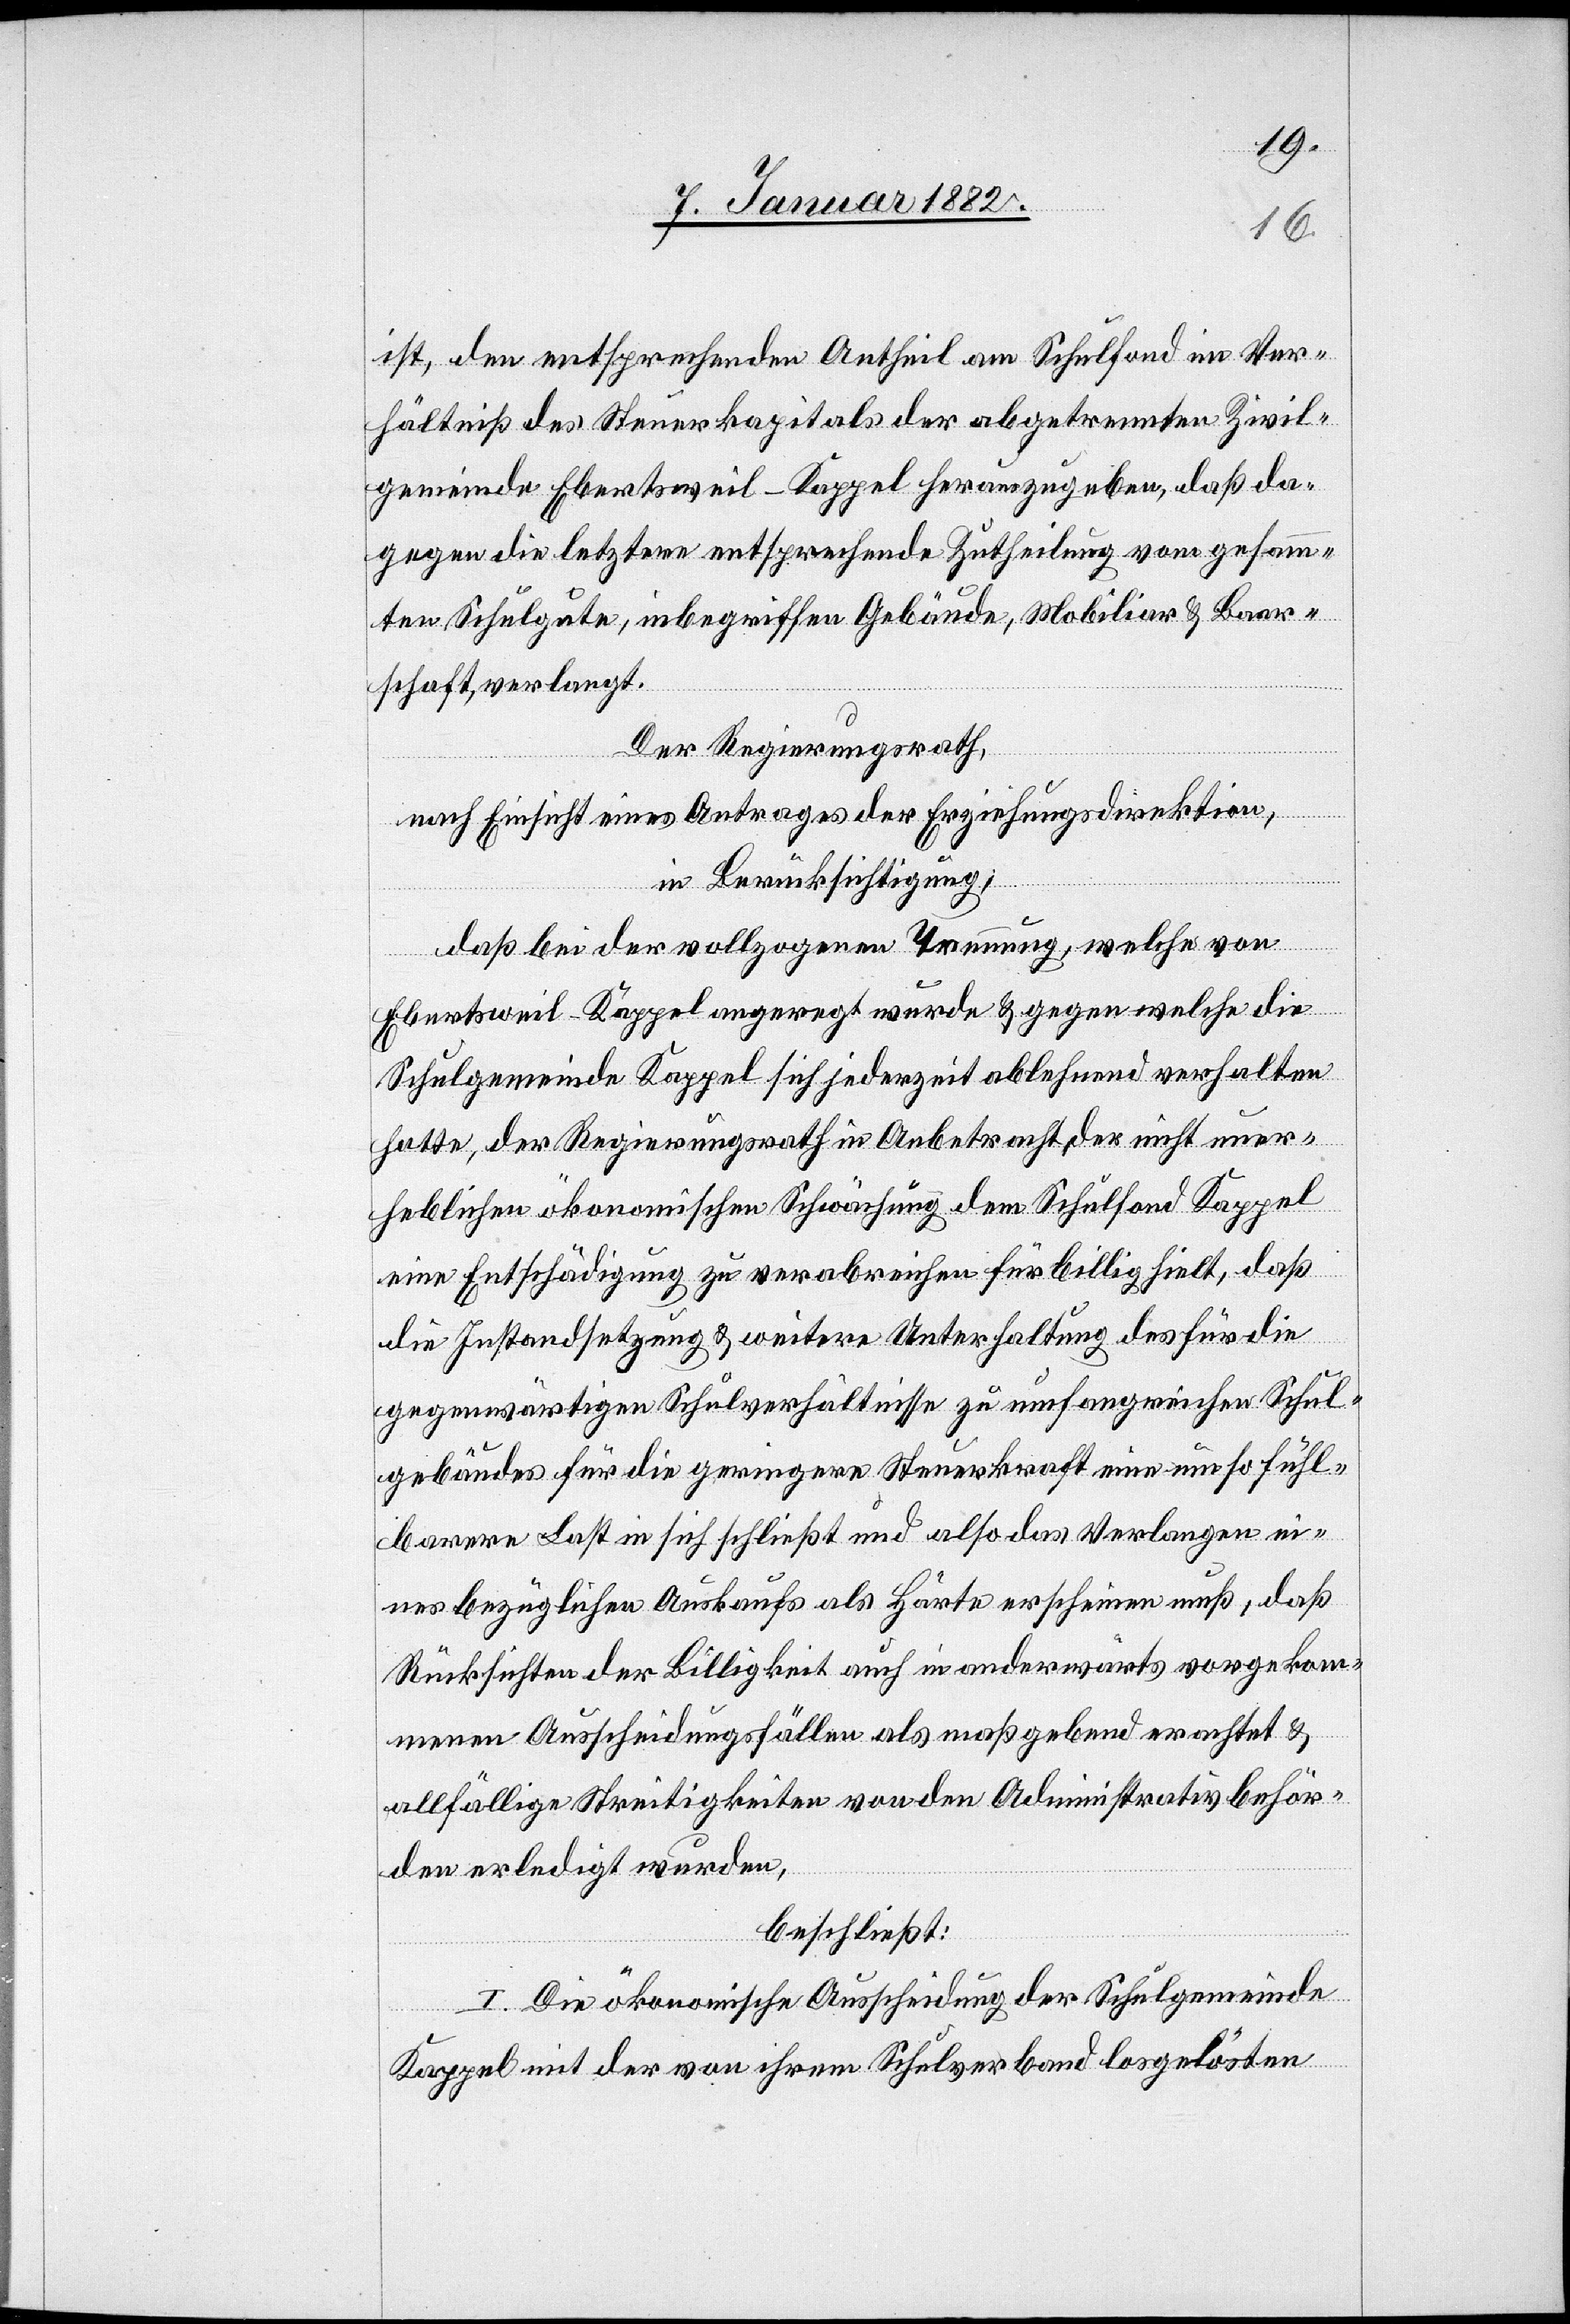
ist, den entsprechenden Antheil am Schulfond im Ver¬
hältniß des Steuerkapitals der abgetrennten Zivil¬
gemeinde Ebertsweil - Kappel herauszugeben, daß da¬
gegen die letztere entsprechende Zutheilung vom gesamm¬
ten Schulgute, inbegriffen Gebäude, Mobiliar & Baar¬
schaft, verlangt.
Der Regierungsrath,
nach Einsicht eines Antrages der Erziehungsdirektion,
in Berücksichtigung;
daß bei der vollzogenen Trennung, welche von
Ebertsweil - Kappel angeregt wurde & gegen welche die
Schulgemeinde Kappel sich jederzeit ablehnend verhalten
hatte, der Regierungsrath in Anbetracht der nicht uner¬
heblichen ökonomischen Schwächung dem Schulfond Kappel
eine Entschädigung zu verabreichen für billig hielt, daß
die Instandsetzung & weitere Unterhaltung des für die
gegenwärtigen Schulverhältnisse zu umfangreichen Schul¬
gebäudes für die geringere Steuerkraft eine umso fühl¬
barere Last in sich schließt und also das Verlangen ei¬
nes bezüglichen Auskaufs als Härte erscheinen muß, daß
Rücksichten der Billigkeit auch in anderwärts vorgekom¬
menen Ausscheidungsfällen als maßgebend erachtet &
allfällige Streitigkeiten von den Administrativbehör¬
de erledigt wurden,
beschließt:
I. Die ökonomische Ausscheidung der Schulgemeinde
Kappel mit der von ihrem Schulverband losgelösten